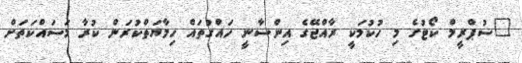
"ސުޕްރީމް ކޯޓުގެ މި ހުކުމަކީ ރާއްޖޭގެ އިންސާނީ ހައްގުތައް ހިމާޔަތްކުރަން ކުރާ މަސައްކަތަށް